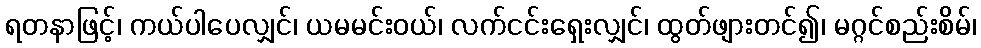
ရတနာဖြင့်၊ ကယ်ပါပေလျှင်၊ ယမမင်းဝယ်၊ လက်ငင်းရှေးလျှင်၊ ထွတ်ဖျားတင်၍၊ မဂ္ဂင်စည်းစိမ်၊